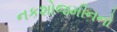
નકશોજમીનનો